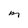
Character: M